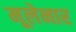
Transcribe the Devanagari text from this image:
मूलेनार